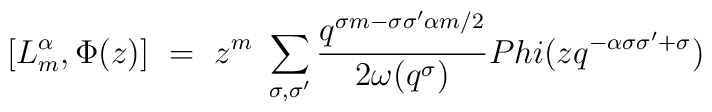
[L^{\alpha}_m , \Phi(z)] \ =\ z^m \ \sum_{\sigma ,\sigma'}\frac{q^{\sigma m-\sigma \sigma' \alpha m/2}}{2\omega (q^{\sigma})}\\Phi (zq^{-\alpha \sigma \sigma'+\sigma})